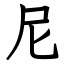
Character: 尼